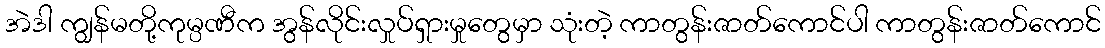
အဲဒါ ကျွန်မတို့ကုမ္ပဏီက အွန်လိုင်းလှုပ်ရှားမှုတွေမှာ သုံးတဲ့ ကာတွန်းဇာတ်ကောင်ပါ ကာတွန်းဇာတ်ကောင်